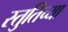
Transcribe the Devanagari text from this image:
स्तुतिच्या